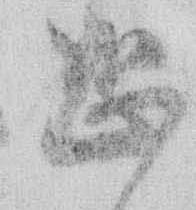
恐